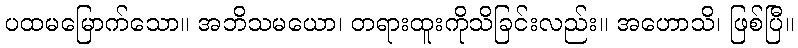
ပထမမြောက်သော။ အဘိသမယော၊ တရားထူးကိုသိခြင်းလည်း။ အဟောသိ၊ ဖြစ်ပြီ။